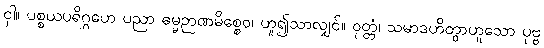
ငှါ။ ပစ္စယပရိဂ္ဂဟေ ပညာ ဓမ္မဉာဏမိစ္စေဝ၊ ဟူ၍သာလျှင်။ ဝုတ္တံ၊ သမာဒဟိတွာဟူသော ပုဗ္ဗ